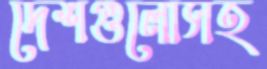
দেশগুলোসহ